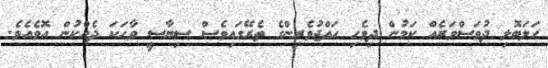
ހަލަބޮލި ދުވަސްވަރެއް ކަމުން ދިވެހި ހައްޖުވެރިންގެ ތެރޭގައިވެސް ސިޔާސީ ވާހަކަ ދެއްކުން އޮވެއެވެ.